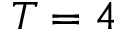
T = 4